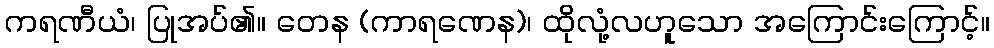
ကရဏီယံ၊ ပြုအပ်၏။ တေန (ကာရဏေန)၊ ထိုလုံ့လဟူသော အကြောင်းကြောင့်။